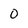
Character: O